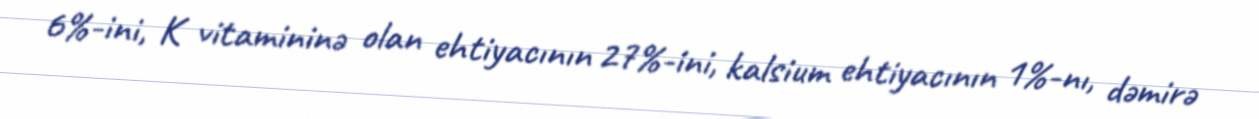
6%-ini, K vitamininə olan ehtiyacının 27%-ini, kalsium ehtiyacının 1%-nı, dəmirə